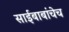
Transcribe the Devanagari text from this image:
साईबाबांचेच